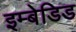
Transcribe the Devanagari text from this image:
इम्बेडिड